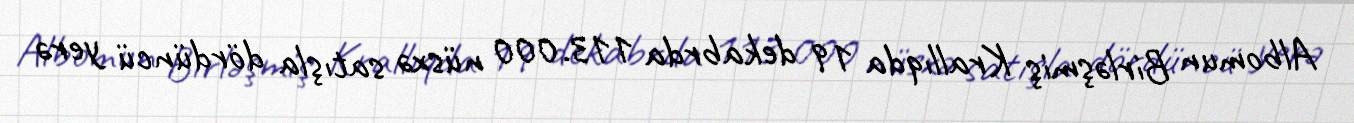
Albomun Birləşmiş Krallıqda 19 dekabrda 113.000 nüsxə satışla dördüncü yerə